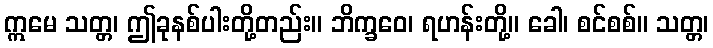
ဣမေ သတ္တ၊ ဤခုနစ်ပါးတို့တည်း။ ဘိက္ခဝေ၊ ရဟန်းတို့။ ခေါ၊ စင်စစ်။ သတ္တ၊